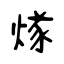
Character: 煫